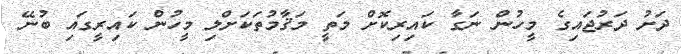
ދަށު ދަރުޖައިގެ މީހުން ނަގާ ކައިރިކޮށް މަތީ މަޤާމުތަކަށްލި މީހުން ކަައިރީގައި ބުނޭ